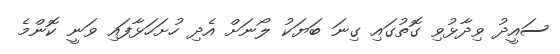
ސައީދު ވިދާޅުވި ގޮތުގައި ގިނަ ބަޔަކު ލޯނަށް އެދި ހުށަހަޅާފައި ވަނީ ކޮންމެ